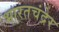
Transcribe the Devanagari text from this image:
भारतचंद्रेर